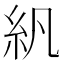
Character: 𬗄